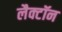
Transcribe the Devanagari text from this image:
लैक्टॉन